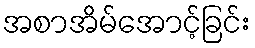
အစာအိမ်အောင့်ခြင်း